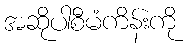
အဆိုပါစီမံကိန်းကို